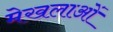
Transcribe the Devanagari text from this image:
मेखलाओं